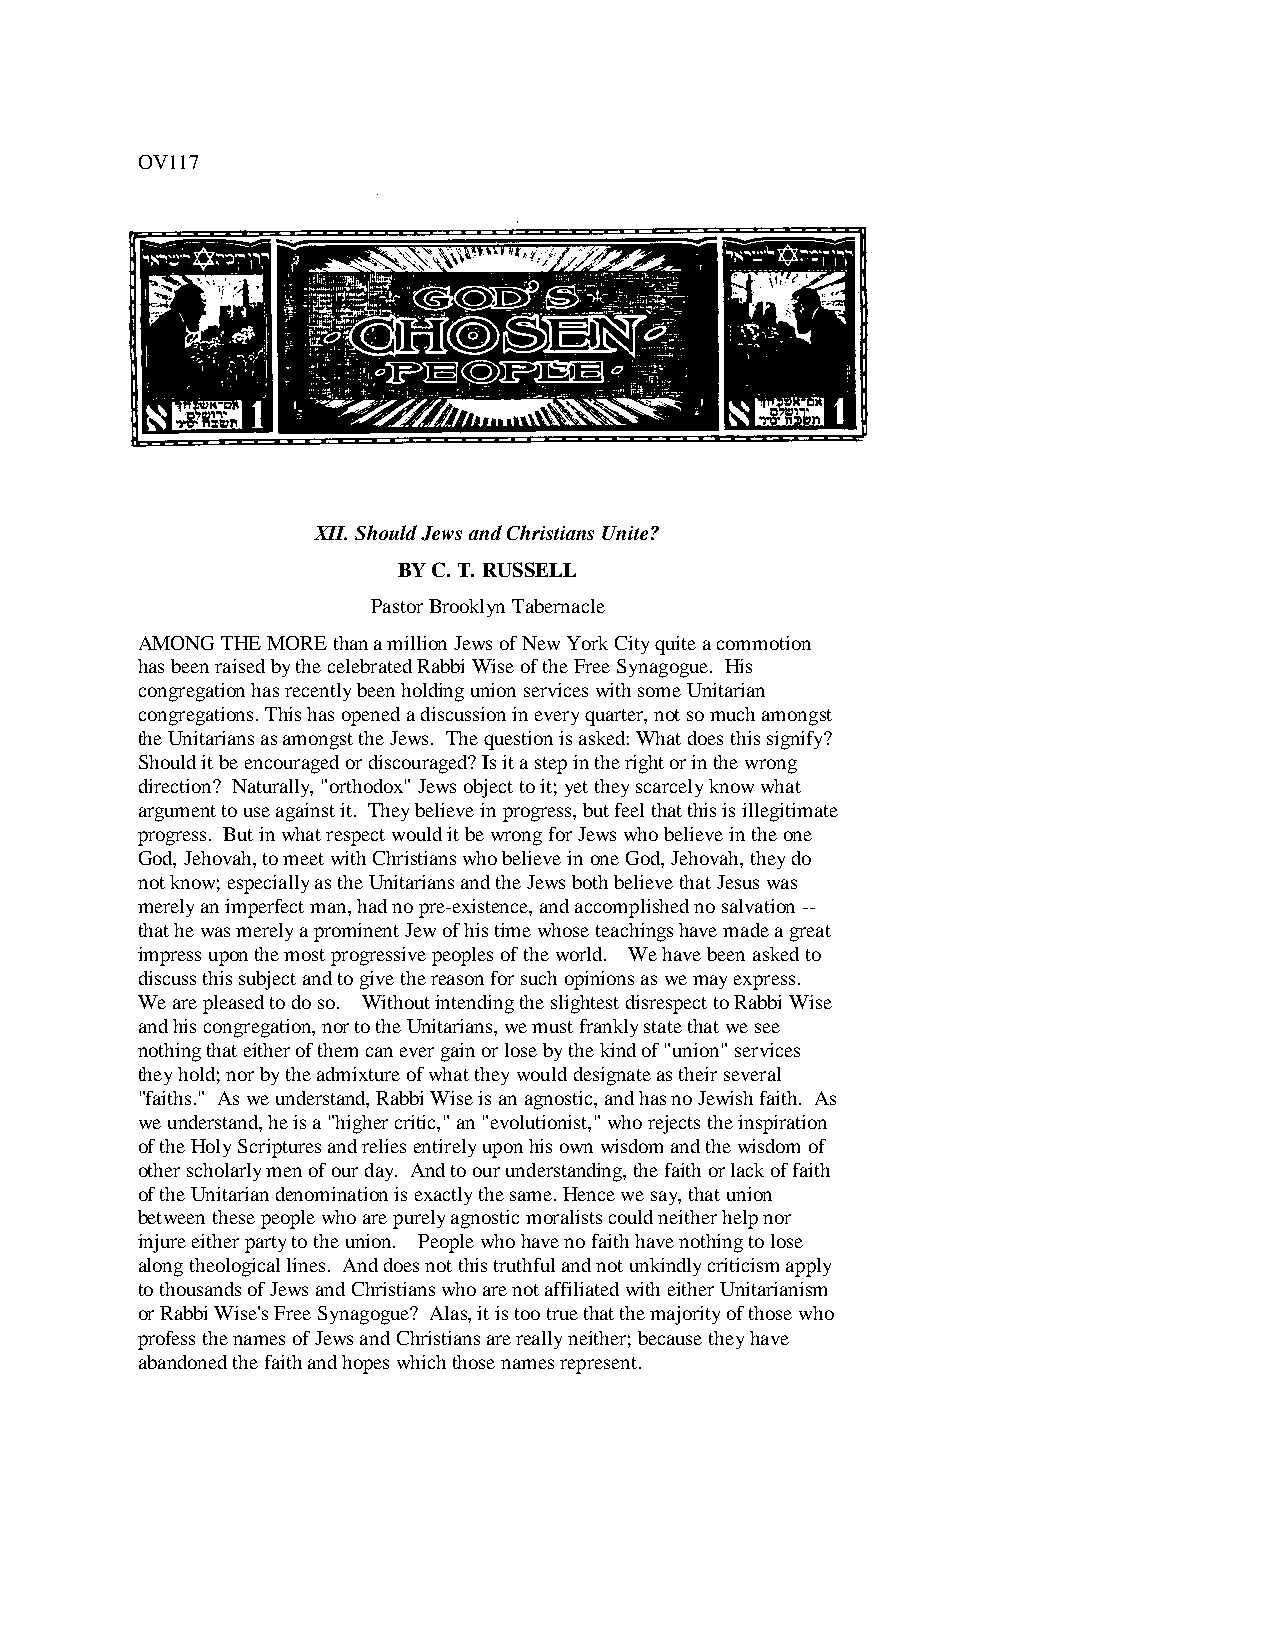
OV117
 XII. Should Jews and Christians Unite?
 BY C. T. RUSSELL
 Pastor Brooklyn Tabernacle
 AMONG THE MORE than a million Jews of New York City quite a commotion
 has been raised by the celebrated Rabbi Wise of the Free Synagogue. His
 congregation has recently been holding union services with some Unitarian
 congregations. This has opened a discussion in every quarter, not so much amongst
 the Unitarians as amongst the Jews. The question is asked: What does this signify?
 Should it be encouraged or discouraged? Is it a step in the right or in the wrong
 direction? Naturally, "orthodox" Jews object to it; yet they scarcely know what
 argument to use against it. They believe in progress, but feel that this is illegitimate
 progress. But in what respect would it be wrong for Jews who believe in the one
 God, Jehovah, to meet with Christians who believe in one God, Jehovah, they do
 not know; especially as the Unitarians and the Jews both believe that Jesus was
 merely an imperfect man, had no pre-existence, and accomplished no salvation --
 that he was merely a prominent Jew of his time whose teachings have made a great
 impress upon the most progressive peoples of the world. We have been asked to
 discuss this subject and to give the reason for such opinions as we may express.
 We are pleased to do so. Without intending the slightest disrespect to Rabbi Wise
 and his congregation, nor to the Unitarians, we must frankly state that we see
 nothing that either of them can ever gain or lose by the kind of "union" services
 they hold; nor by the admixture of what they would designate as their several
 "faiths." As we understand, Rabbi Wise is an agnostic, and has no Jewish faith. As
 we understand, he is a "higher critic," an "evolutionist," who rejects the inspiration
 of the Holy Scriptures and relies entirely upon his own wisdom and the wisdom of
 other scholarly men of our day. And to our understanding, the faith or lack of faith
 of the Unitarian denomination is exactly the same. Hence we say, that union
 between these people who are purely agnostic moralists could neither help nor
 injure either party to the union. People who have no faith have nothing to lose
 along theological lines. And does not this truthful and not unkindly criticism apply
 to thousands of Jews and Christians who are not affiliated with either Unitarianism
 or Rabbi Wise's Free Synagogue? Alas, it is too true that the majority of those who
 profess the names of Jews and Christians are really neither; because they have
 abandoned the faith and hopes which those names represent.